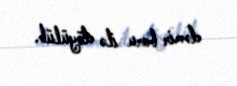
dəmir boru ilə döyülüb.